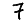
Digit: 7